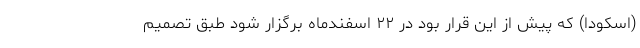
(اسکودا) که پیش از این قرار بود در ۲۲ اسفندماه برگزار شود طبق تصمیم